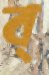
ব্